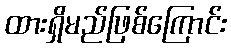
ထားရှိမည်ဖြစ်ကြောင်း